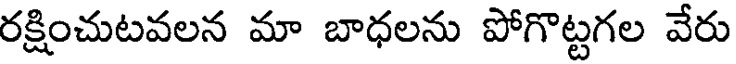
రక్షించుటవలన మా బాధలను పోగొట్టగల వేరు